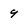
Character: 9